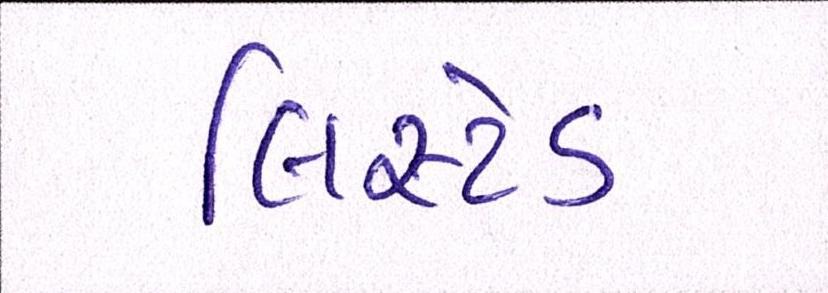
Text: લિસ્ટેડ